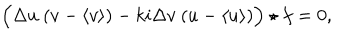
\Bigl ( \Delta u ~ ( v - \langle v \rangle ) - k i \Delta v ~ ( u - \langle u \rangle ) \Bigr ) \star f = 0 ,